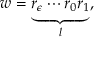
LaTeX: w = \underbrace { r _ { \epsilon } \cdots r _ { 0 } r _ { 1 } } _ { l } ,